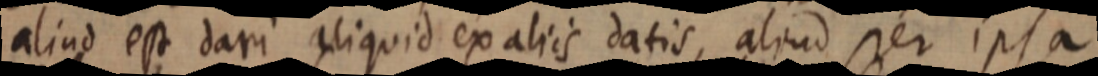
aliud est dari aliquid ex aliis datis, aliud per ipsa